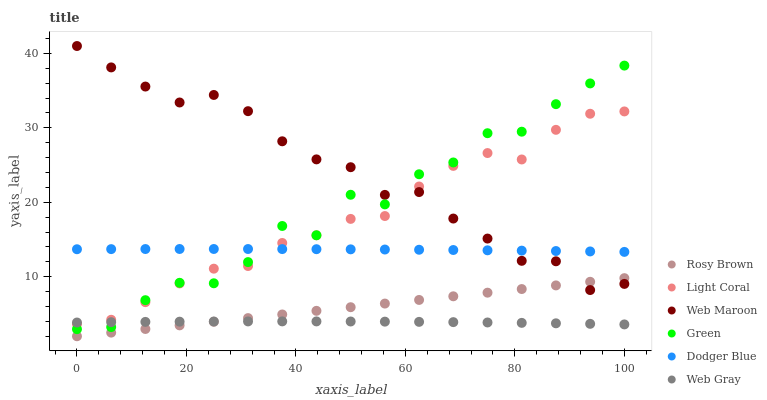
| xaxis_label | Rosy Brown | Light Coral | Web Maroon | Green | Dodger Blue | Web Gray |
 | --- | --- | --- | --- | --- | --- | --- |
 | 0 | 2 | 3.64 | 41 | 2.95 | 13.7 | 3.85 |
 | 6.25 | 2.49 | 4.22 | 38.1 | 3.23 | 13.7 | 3.89 |
 | 12.5 | 2.98 | 6.58 | 35.6 | 6.85 | 13.7 | 3.93 |
 | 18.8 | 3.46 | 9.1 | 33.4 | 9.18 | 13.7 | 3.96 |
 | 25 | 3.95 | 11.1 | 34.4 | 9.12 | 13.7 | 3.98 |
 | 31.2 | 4.44 | 11.4 | 32.2 | 12 | 13.7 | 3.99 |
 | 37.5 | 4.93 | 14.5 | 28.2 | 16.8 | 13.7 | 4 |
 | 43.8 | 5.42 | 15.6 | 25.8 | 15.6 | 13.7 | 3.99 |
 | 50 | 5.9 | 17.8 | 24.7 | 21 | 13.7 | 3.98 |
 | 56.2 | 6.39 | 18.2 | 21 | 19.7 | 13.7 | 3.96 |
 | 62.5 | 6.88 | 22.1 | 21.4 | 23.8 | 13.6 | 3.93 |
 | 68.8 | 7.37 | 24.9 | 17.8 | 25.4 | 13.6 | 3.9 |
 | 75 | 7.86 | 26.6 | 15.1 | 29.3 | 13.5 | 3.85 |
 | 81.2 | 8.34 | 25.8 | 12.1 | 29.5 | 13.5 | 3.8 |
 | 87.5 | 8.83 | 29.7 | 12.1 | 33.2 | 13.5 | 3.74 |
 | 93.8 | 9.32 | 31.9 | 8.21 | 36 | 13.4 | 3.67 |
 | 100 | 9.81 | 32.2 | 9.03 | 38.4 | 13.3 | 3.59 |